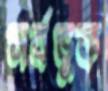
সর্বভুক